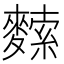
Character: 𪍟